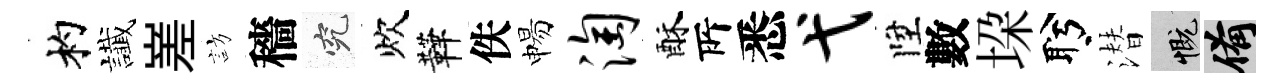
杓䜟嵳訪穡究炊鞾佚惕淘酥𠩄悉弋陞數垜盻潜慨備